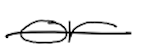
Text: or
Cross-out: single-line
Writing tool: digital_black